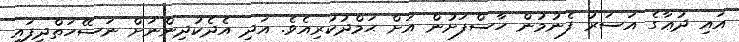
އައި ދުޢާގެ އަސަރު ފެނުމުން ހާސްފަށުން އަށް ޙަމްދުކުރިއެވެ. އަދި އެދެކުދިންނަށް ނަސޭހަތްދީފައި